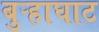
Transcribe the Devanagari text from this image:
बुऱ्हाघाट